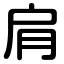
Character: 肩